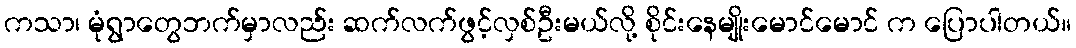
ကသာ၊ မုံရွာတွေဘက်မှာလည်း ဆက်လက်ဖွင့်လှစ်ဦးမယ်လို့ စိုင်းနေမျိုးမောင်မောင် က ပြောပါတယ်။